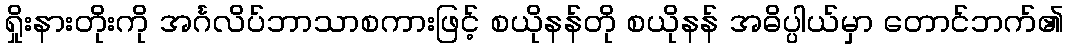
ရှိုးနားတိုးကို အင်္ဂလိပ်ဘာသာစကားဖြင့် စယိုနန်တို စယိုနန် အဓိပ္ပါယ်မှာ တောင်ဘက်၏